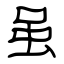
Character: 虽